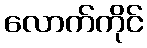
လောက်ကိုင်